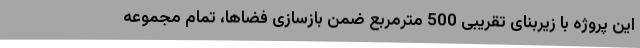
این پروژه با زیربنای تقریبی 500 مترمربع ضمن بازسازی فضاها، تمام مجموعه